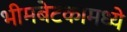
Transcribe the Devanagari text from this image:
भीमबेटकामध्ये